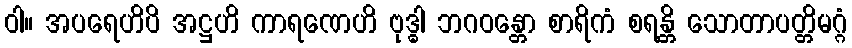
ဝါ။ အပရေဟိပိ အဋ္ဌဟိ ကာရဏေဟိ ဗုဒ္ဓါ ဘဂဝန္တော စာရိကံ စရန္တိ သောတာပတ္တိမဂ္ဂံ